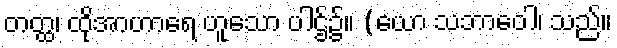
တတ္ထ၊ ထိုအာဟာရေ ဟူသော ပါဌ်၌။ (ယော သဘာဝေါ၊ သည်။